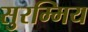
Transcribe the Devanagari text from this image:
सुरम्मिय